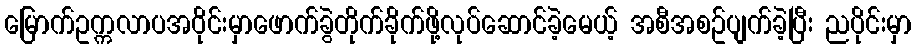
မြောက်ဥက္ကလာပအဝိုင်းမှာဖောက်ခွဲတိုက်ခိုက်ဖို့လုပ်ဆောင်ခဲ့မေယ့် အစီအစဥ်ပျက်ခဲ့ပြီး ညပိုင်းမှာ